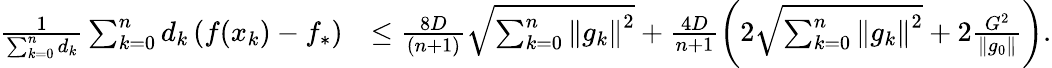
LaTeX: \begin{array}{rl}{\frac{1}{\sum_{k=0}^{n}d_{k}}\sum_{k=0}^{n}d_{k}\left(f(x_{k})-f_{*}\right)}&{\leq\frac{8D}{(n+1)}\sqrt{\sum_{k=0}^{n}\left\Vert g_{k}\right\Vert^{2}}+\frac{4D}{n+1}\left(2\sqrt{\sum_{k=0}^{n}\left\Vert g_{k}\right\Vert^{2}}+2\frac{G^{2}}{\| g_{0}\| }\right).}\end{array}